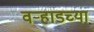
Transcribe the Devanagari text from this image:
वर्‍हाडच्या